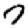
Digit: 7